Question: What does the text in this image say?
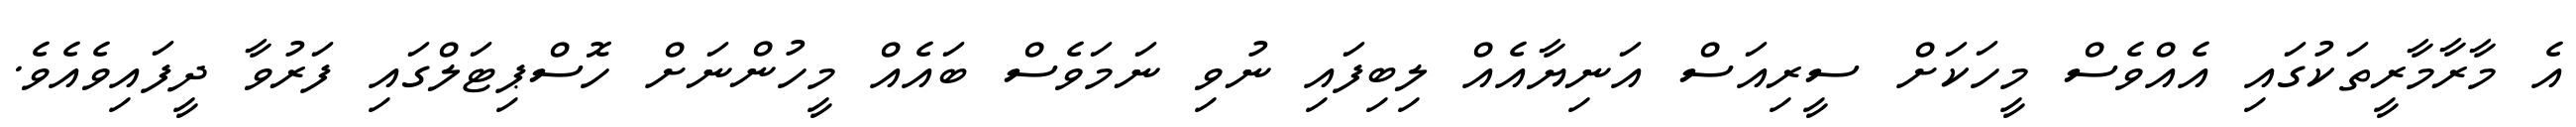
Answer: އެ މާރާމާރީތަކުގައި އެއްވެސް މީހަކަށް ސީރިއަސް އަނިޔާއެއް ލިބިފައި ނުވި ނަމަވެސް ބައެއް މީހުންނަށް ހޮސްޕިޓަލްގައި ފަރުވާ ދީފައިވެއެވެ.